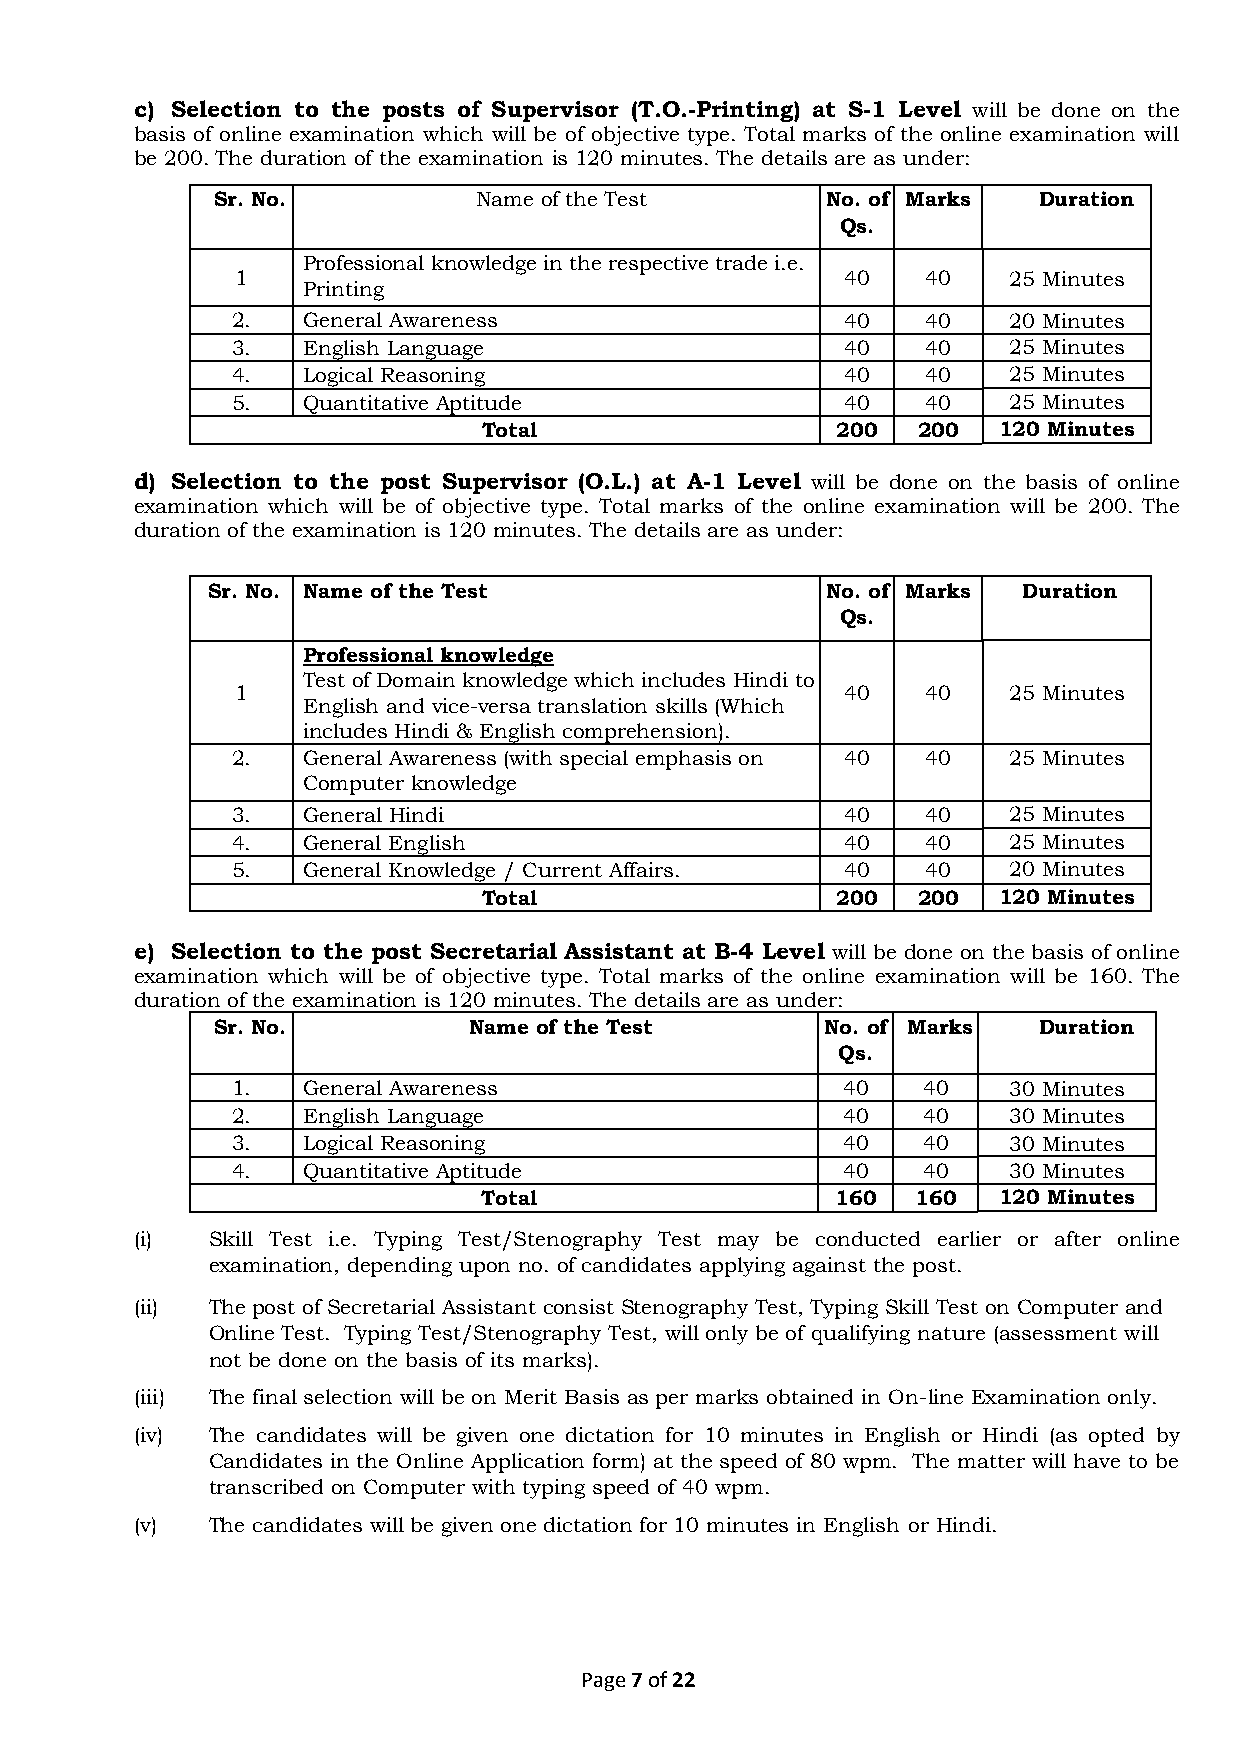
c) Selection to the posts of Supervisor (T.O.-Printing) at S-1 Level will be done on the
 basis of online examination which will be of objective type. Total marks of the online examination will
 be 200. The duration of the examination is 120 minutes. The details are as under:
 Sr. No.           Name of the Test       No. of Marks  Duration
 Qs.
 Professional knowledge in the respective trade i.e.
 1                                       40   40    25 Minutes
 Printing
 2.   General Awareness                   40   40    20 Minutes
 3.   English Language                    40   40    25 Minutes
 4.   Logical Reasoning                   40   40    25 Minutes
 5.   Quantitative Aptitude               40   40    25 Minutes
 Total                  200   200  120 Minutes
 d) Selection to the post Supervisor (O.L.) at A-1 Level will be done on the basis of online
 examination which will be of objective type. Total marks of the online examination will be 200. The
 duration of the examination is 120 minutes. The details are as under:
 Sr. No. Name of the Test                 No. of Marks Duration
 Qs.
 Professional knowledge
 Test of Domain knowledge which includes Hindi to
 1                                       40   40    25 Minutes
 English and vice-versa translation skills (Which
 includes Hindi & English comprehension).
 2.   General Awareness (with special emphasis on 40 40 25 Minutes
 Computer knowledge
 3.   General Hindi                       40   40    25 Minutes
 4.   General English                     40   40    25 Minutes
 5.   General Knowledge / Current Affairs. 40  40    20 Minutes
 Total                  200   200  120 Minutes
 e) Selection to the post Secretarial Assistant at B-4 Level will be done on the basis of online
 examination which will be of objective type. Total marks of the online examination will be 160. The
 duration of the examination is 120 minutes. The details are as under:
 Sr. No.          Name of the Test        No. of Marks  Duration
 Qs.
 1.   General Awareness                   40   40    30 Minutes
 2.   English Language                    40   40    30 Minutes
 3.   Logical Reasoning                   40   40    30 Minutes
 4.   Quantitative Aptitude               40   40    30 Minutes
 Total                  160   160  120 Minutes
 (i)  Skill Test i.e. Typing Test/Stenography Test may be conducted earlier or after online
 examination, depending upon no. of candidates applying against the post.
 (ii) The post of Secretarial Assistant consist Stenography Test, Typing Skill Test on Computer and
 Online Test. Typing Test/Stenography Test, will only be of qualifying nature (assessment will
 not be done on the basis of its marks).
 (iii) The final selection will be on Merit Basis as per marks obtained in On-line Examination only.
 (iv) The candidates will be given one dictation for 10 minutes in English or Hindi (as opted by
 Candidates in the Online Application form) at the speed of 80 wpm. The matter will have to be
 transcribed on Computer with typing speed of 40 wpm.
 (v)  The candidates will be given one dictation for 10 minutes in English or Hindi.
 Page 7 of 22